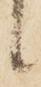
候